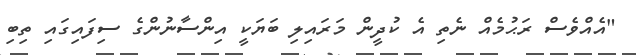
"އެއްވެސް ރަޙުމެއް ނެތި އެ ކުދީން މަރައިލި ބަޔަކީ އިންސާނުންގެ ސިފައިގައި ތިބި